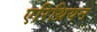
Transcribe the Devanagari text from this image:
एरिथ्रियन